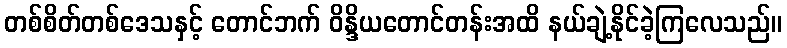
တစ်စိတ်တစ်ဒေသနှင့် တောင်ဘက် ဝိန္ဒိယတောင်တန်းအထိ နယ်ချဲ့နိုင်ခဲ့ကြလေသည်။